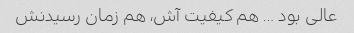
عالی بود … هم کیفیت آش، هم زمان رسیدنش